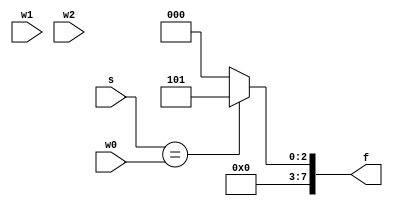
`timescale 1ns / 1ps
//////////////////////////////////////////////////////////////////////////////////
// Company: 
// Engineer: 
// 
// Design Name: 
// Module Name: decoder
// Project Name: 
// Target Devices: 
// Tool Versions: 
// Description: 
// 
// Dependencies: 
// 
// Revision:
// Revision 0.01 - File Created
// Additional Comments:
// 
//////////////////////////////////////////////////////////////////////////////////


module decoder(
    input w0, w1, w2,
    input  s,
    output reg [7: 0] f
    );
    always @(w0, w1, w2)
    begin
        case(s)
            w0: f = 8'b00101; //5
            //w1: f = 8'b01111; //10
           // w2: f = 8'b10100; //20
            default: f = 8'b00000;
        endcase
    end
endmodule